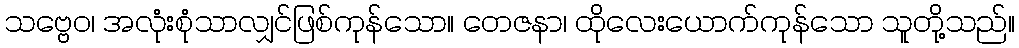
သဗ္ဗေဝ၊ အလုံးစုံသာလျှင်ဖြစ်ကုန်သော။ တေဇနာ၊ ထိုလေးယောက်ကုန်သော သူတို့သည်။